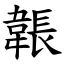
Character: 韔